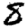
Digit: 8